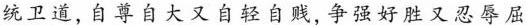
统卫道,自尊自大又自轻自贱,争强好胜又忍辱屈